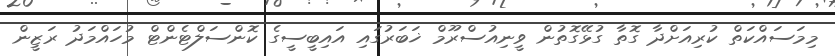
މިމަސައްކަތް ކުރިއަށްދާ ގޮތާ ގުޅޭގޮތުން ވީނިއުސްރޫމް ޚަބަރުގައި އައިބީސީގެ ކޮންސަލްޓެންޓް މުހައްމަދު ރަޒީން